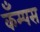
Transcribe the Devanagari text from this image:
कँम्पस